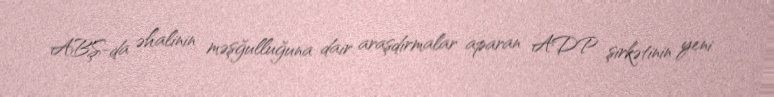
ABŞ-da əhalinin məşğulluğuna dair araşdırmalar aparan ADP şirkətinin yeni